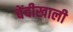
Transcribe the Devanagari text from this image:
बेंबीखाली